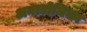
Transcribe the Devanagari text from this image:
अनाटोमिका